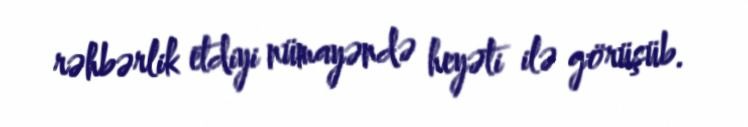
rəhbərlik etdiyi nümayəndə heyəti ilə görüşüb.